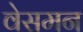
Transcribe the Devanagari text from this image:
वेसमन